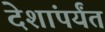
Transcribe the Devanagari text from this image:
देशांपर्यंत